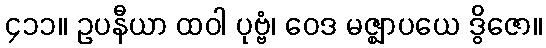
၄၁၁။ ဥပနီယာ ထဝါ ပုဗ္ဗံ၊ ဝေဒ မဇ္ဈာပယေ ဒွိဇော။